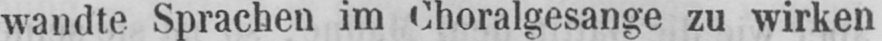
wandte Sprachen im Choralgesange zu wirken